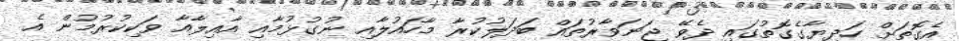
އެގޮތަށް ހަދިޔާގެގޮތުގައި ދެވޭ ޖަނަވާރުތައް ބަދަލުކުރާ މާހައުލާއި ނުގުޅުމާއި އާއިލާއާ ވަކިކުރުމުން އެ